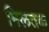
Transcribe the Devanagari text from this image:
मिलतक